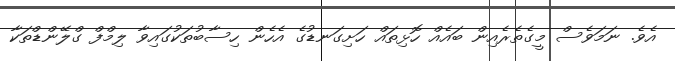
އެވެ. ނަމަވެސް މީގެތެރެއިން ބައެއް ހޮޅިތައް ހަށިގަނޑުގެ އެހެން ހިސާބުތަކުގައިވާ ލިމްފް ގްލޭންޑްތަކާ